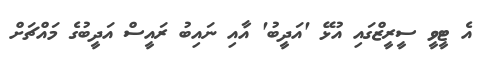
އެ ޓީވީ ސީރީޒްގައި އުޅޭ 'އަދީބު' އާއި ނައިބު ރައީސް އަދީބުގެ މައްޗަށް